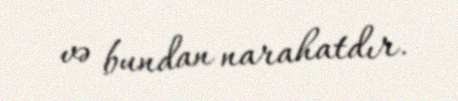
və bundan narahatdır.